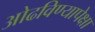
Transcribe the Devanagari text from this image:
ओढविण्यापेक्षा